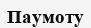
Паумоту